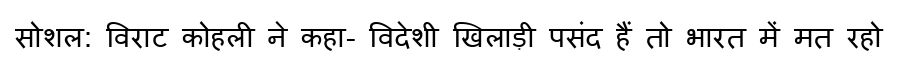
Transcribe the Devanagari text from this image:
सोशल: विराट कोहली ने कहा- विदेशी खिलाड़ी पसंद हैं तो भारत में मत रहो